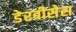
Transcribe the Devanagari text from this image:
डेरबीसेस